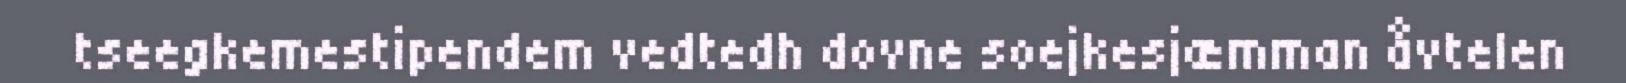
tseegkemestipendem vedtedh dovne soejkesjæmman åvtelen